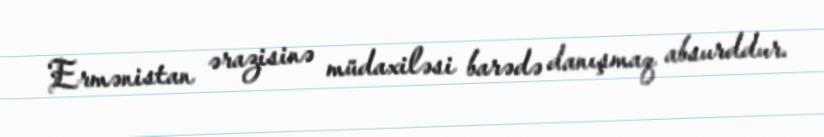
Ermənistan ərazisinə müdaxiləsi barədə danışmaq absurddur.